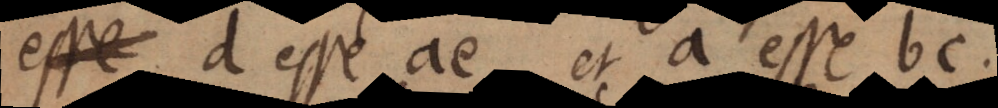
esse d esse ae, et a esse bc,